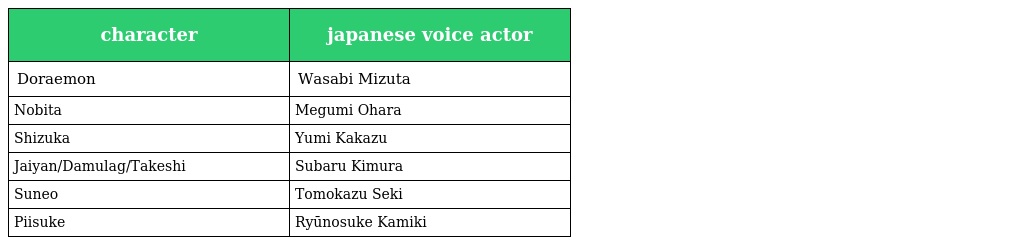
| character | japanese voice actor |
 | --- | --- |
 | Doraemon | Wasabi Mizuta |
 | Nobita | Megumi Ohara |
 | Shizuka | Yumi Kakazu |
 | Jaiyan/Damulag/Takeshi | Subaru Kimura |
 | Suneo | Tomokazu Seki |
 | Piisuke | Ryūnosuke Kamiki |